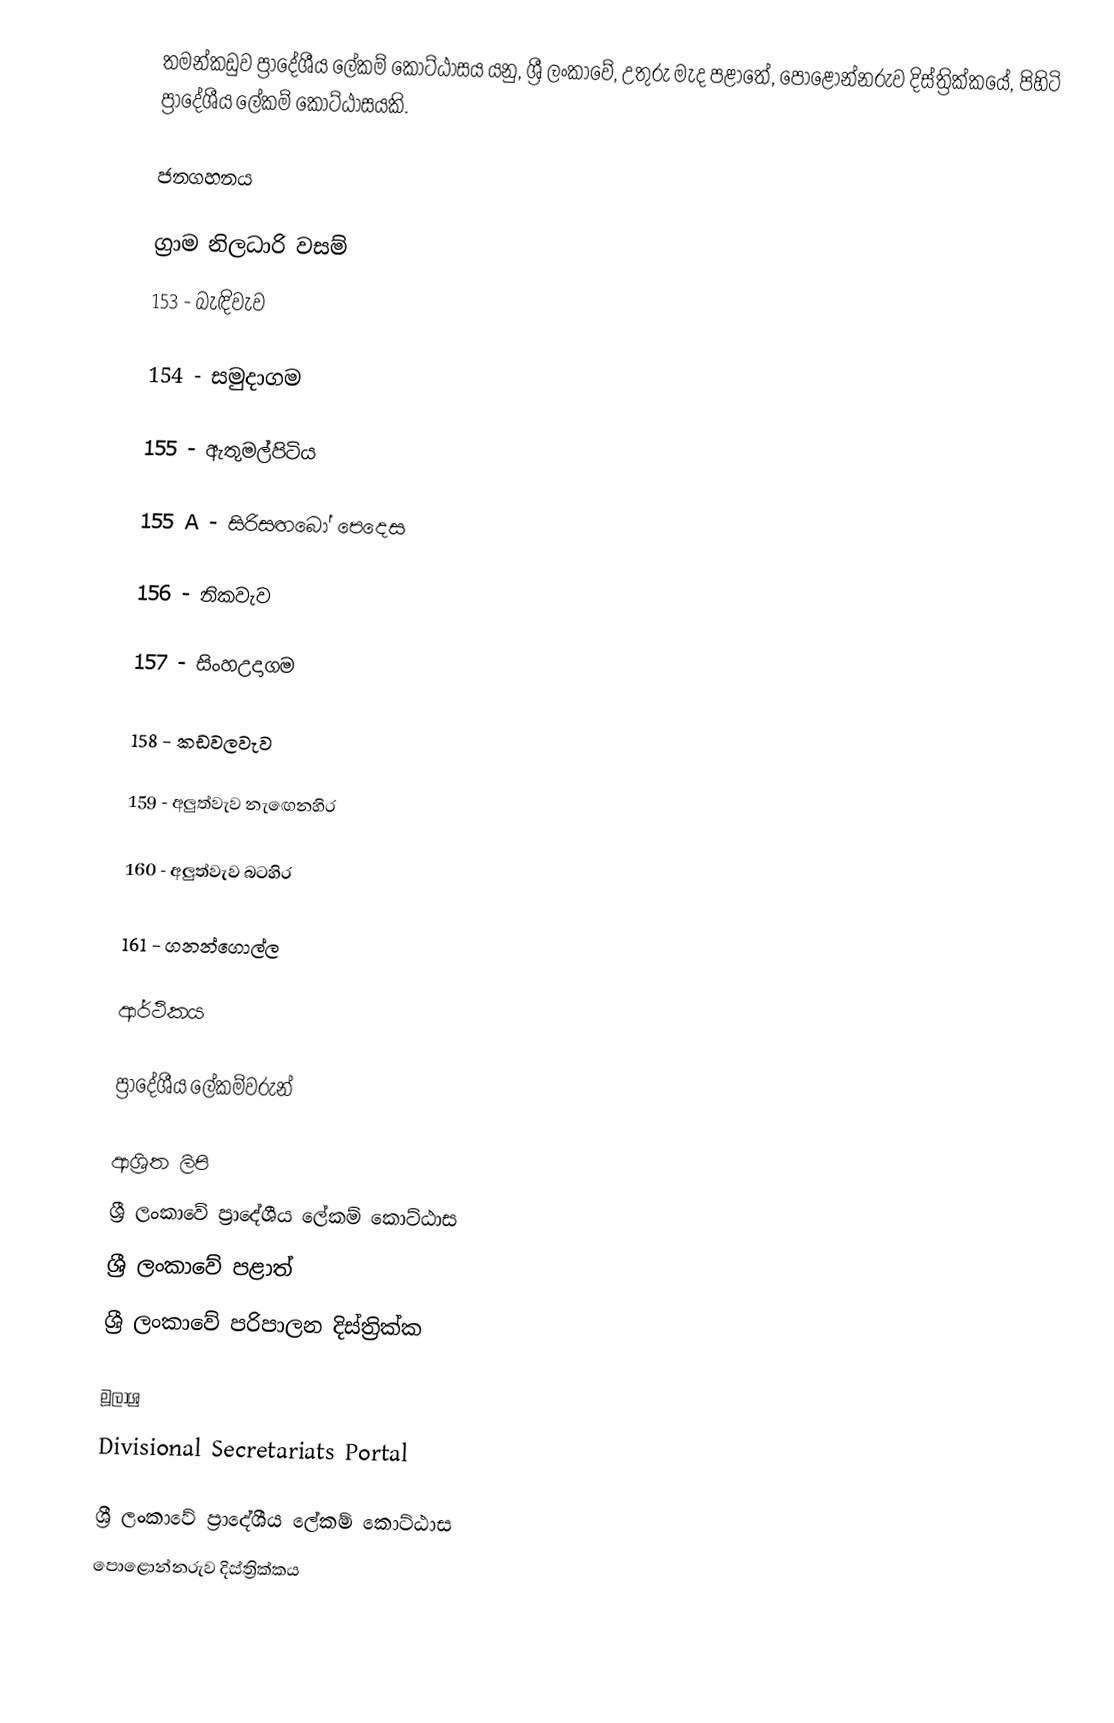
තමන්කඩුව ප්‍රාදේශීය ලේකම් කොට්ඨාසය යනු,  ශ්‍රී ලංකාවේ,  උතුරු මැද පළාතේ,   පොළොන්නරුව දිස්ත්‍රික්කයේ, පිහිටි ප්‍රාදේශීය ලේකම් කොට්ඨාසයකි.

ජනගහනය

ග්‍රාම නිලධාරි වසම්
153 - බැඳිවැව

154 - සමුදාගම

155 - ඇතුමල්පිටිය

155 A - සිරිසඟබෝ පෙදෙස

156 - නිකවැව

157 - සිංහඋදාගම

158 - කඩවලවැව

159 - අලුත්වැව නැඟෙනහිර

160 - අලුත්වැව බටහිර

161 - ගනන්ගොල්ල

ආර්ථිකය

ප්‍රාදේශීය ලේකම්වරුන්

ආශ්‍රිත ලිපි
ශ්‍රී ලංකාවේ ප්‍රාදේශීය ලේකම් කොට්ඨාස
ශ්‍රී ලංකාවේ පළාත්
ශ්‍රී ලංකාවේ පරිපාලන දිස්ත්‍රික්ක

මූලාශ්‍ර
 Divisional Secretariats Portal

ශ්‍රී ලංකාවේ ප්‍රාදේශීය ලේකම් කොට්ඨාස
පොළොන්නරුව දිස්ත්‍රික්කය